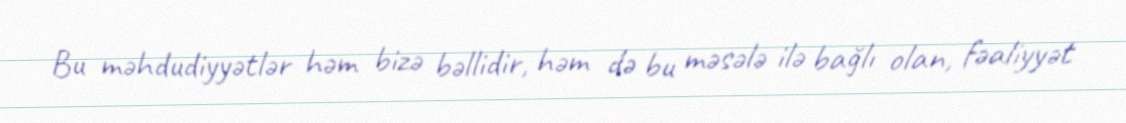
Bu məhdudiyyətlər həm bizə bəllidir, həm də bu məsələ ilə bağlı olan, fəaliyyət